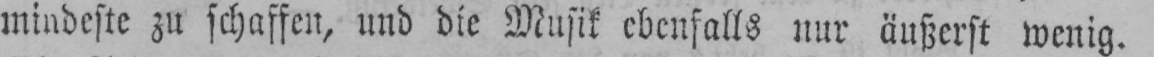
mindeste zu schaffen, und die Musik ebenfalls nur äußerst wenig.